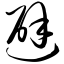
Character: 避